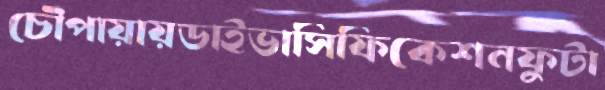
চৌপায়ায়ডাইভাসিফিকেশনফুটা